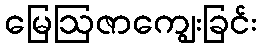
မြေဩဇာကျွေးခြင်း